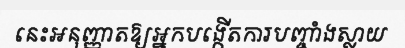
នេះអនុញ្ញាតឱ្យអ្នកបង្កើតការបញ្ចាំងស្លាយ